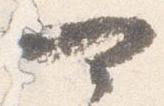
可